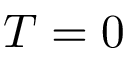
T = 0